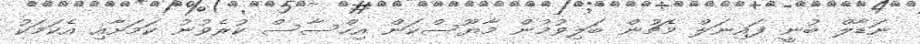
ނަޑާލް ބުނީ ފައިނަލް މެޗުން ބަލިވުމުން މާޔޫސްކަން އިހްސާސް ކުރެވުނު ކަމަށާއި އެކަމަކު